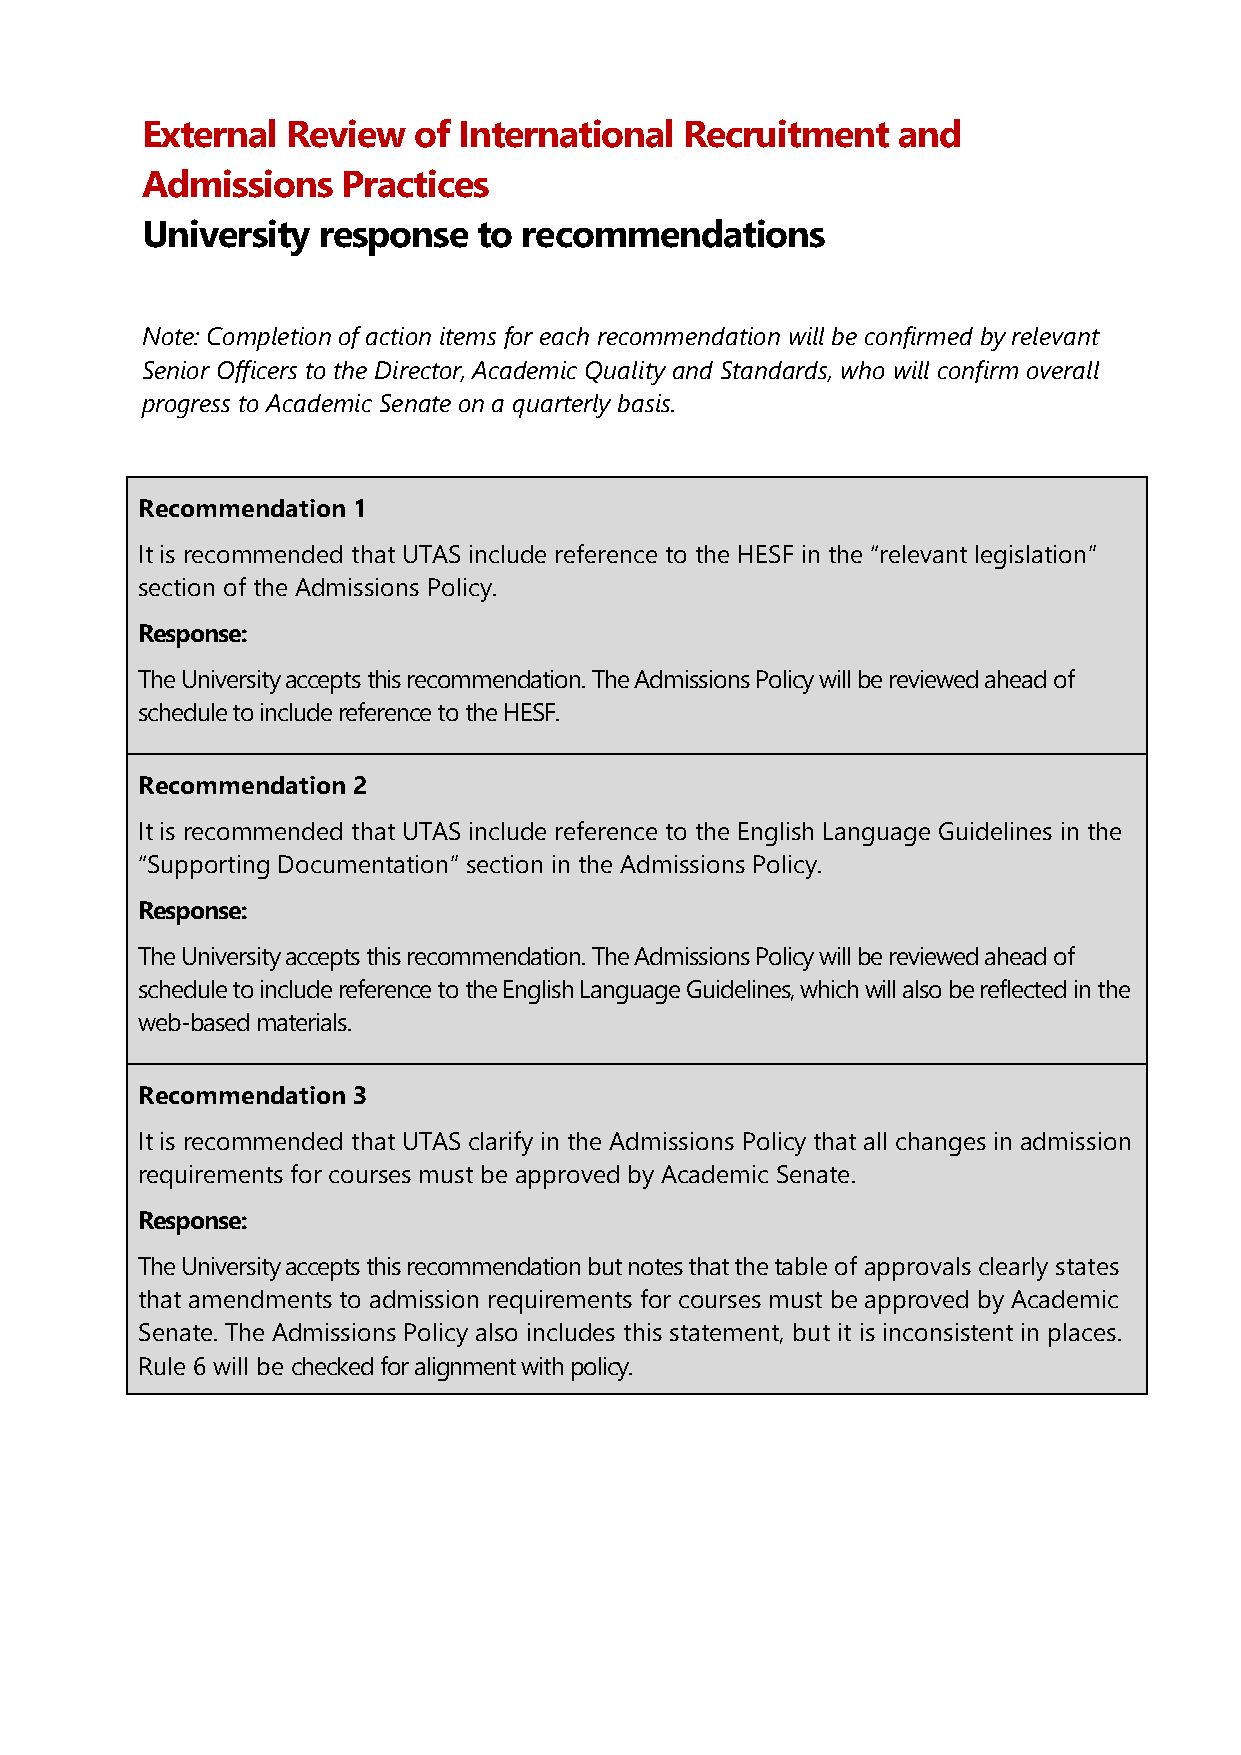
External  Review  of International  Recruitment   and
 Admissions    Practices
 University  response   to recommendations
 Note: Completion of action items for each recommendation will be confirmed by relevant
 Senior Officers to the Director, Academic Quality and Standards, who will confirm overall
 progress to Academic Senate on a quarterly basis.
 Recommendation 1
 It is recommended that UTAS include reference to the HESF in the “relevant legislation”
 section of the Admissions Policy.
 Response:
 The University accepts this recommendation. The Admissions Policy will be reviewed ahead of
 schedule to include reference to the HESF.
 Recommendation 2
 It is recommended that UTAS include reference to the English Language Guidelines in the
 “Supporting Documentation” section in the Admissions Policy.
 Response:
 The University accepts this recommendation. The Admissions Policy will be reviewed ahead of
 schedule to include reference to the English Language Guidelines, which will also be reflected in the
 web-based materials.
 Recommendation 3
 It is recommended that UTAS clarify in the Admissions Policy that all changes in admission
 requirements for courses must be approved by Academic Senate.
 Response:
 The University accepts this recommendation but notes that the table of approvals clearly states
 that amendments to admission requirements for courses must be approved by Academic
 Senate. The Admissions Policy also includes this statement, but it is inconsistent in places.
 Rule 6 will be checked for alignment with policy.